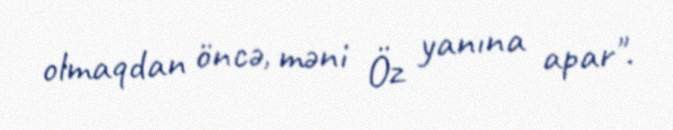
olmaqdan öncə, məni Öz yanına apar".